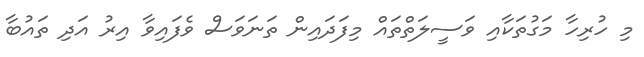
މި ހުރިހާ މަގުތަކާއި ވަސީލަތްތައް މިފަދައިން ތަނަވަސް ވެފައިވާ އިރު އަދި ތައުބާ